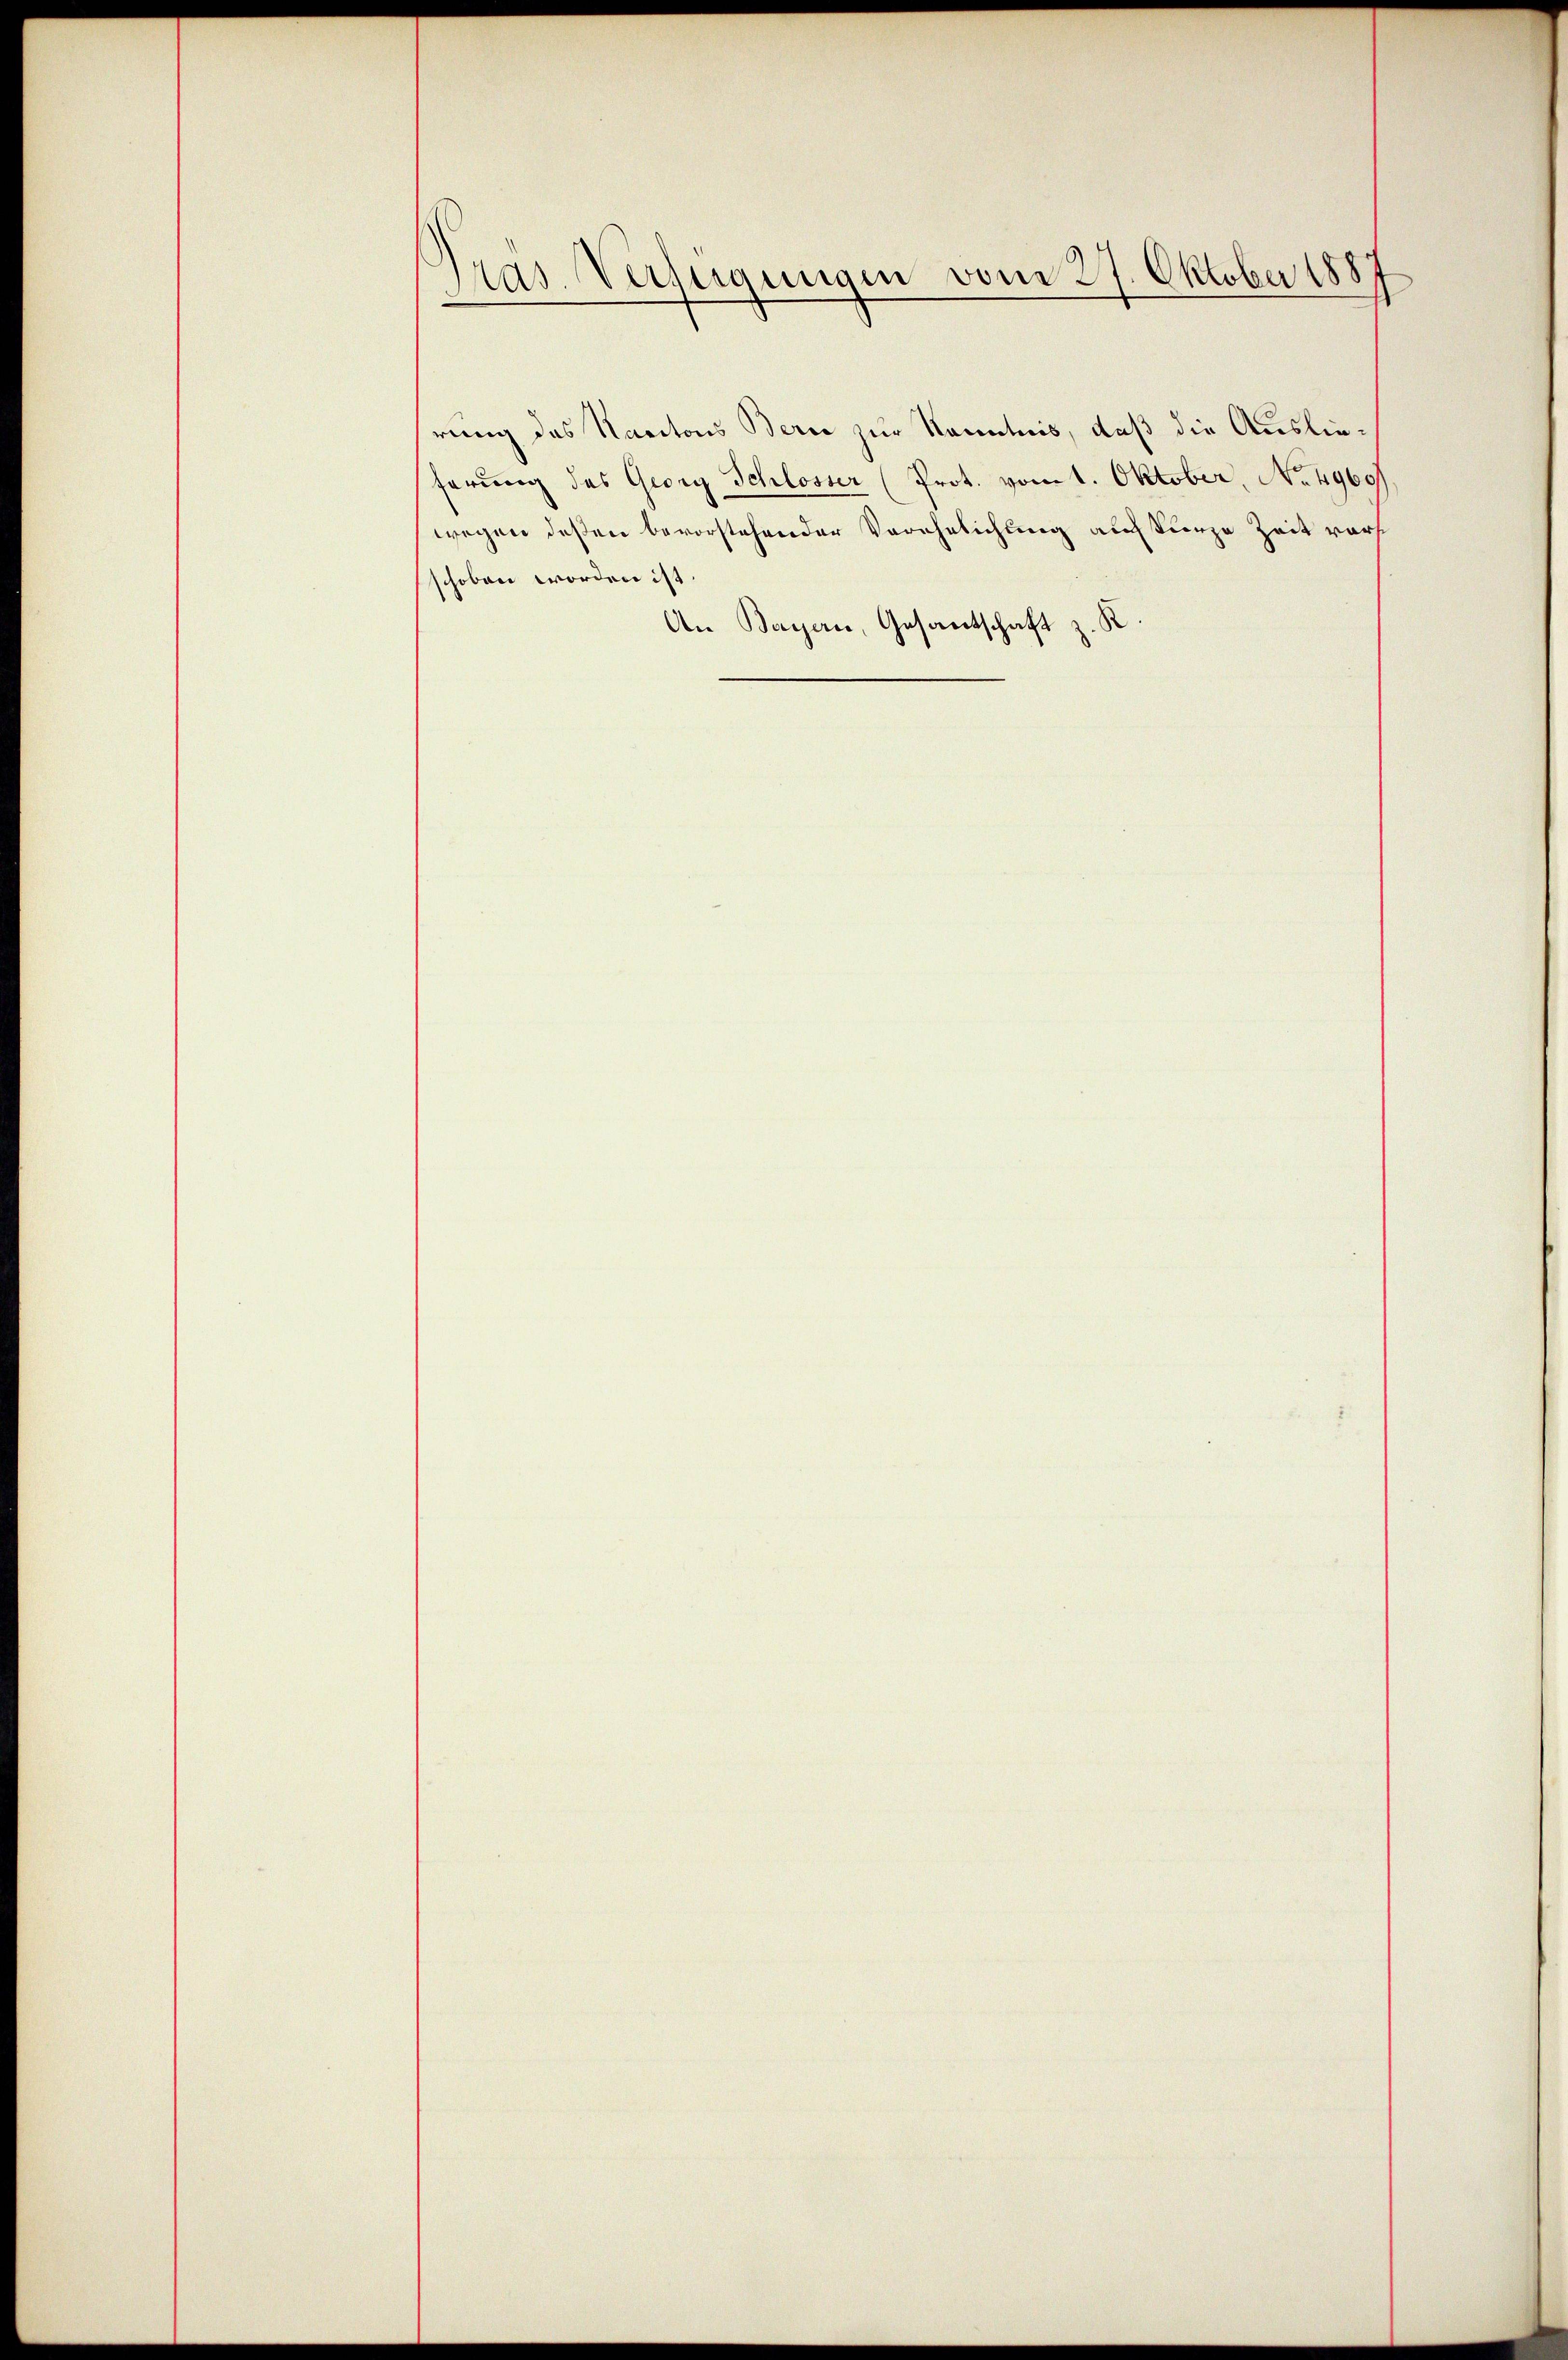
Gras Verfügungen vom 27. Oktober 188

rung des Nantons Bern zur Kenntnis, daß die Auslieferung des Georg Schlosser (Prot. vom 1. Oktober, No. 4960/
wegen deßen bevorstehender Verehelichung auf kurze Zeit vorschoben worden ist.
An Bayern, Gesantschaft z. K